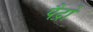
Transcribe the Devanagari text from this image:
पैद्रो